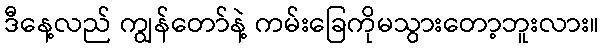
ဒီနေ့လည် ကျွန်တော်နဲ့ ကမ်းခြေကိုမသွားတော့ဘူးလား။